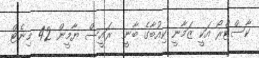
ކާސްޓްރޯ އަކީ ޒަމާނީ ކިއުބާގެ ބާނީ  ރައީސް ޔާމީން 42 މިނެޓް